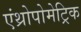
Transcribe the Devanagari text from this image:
एंथ्रोपोमेट्रिक